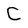
Character: C